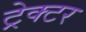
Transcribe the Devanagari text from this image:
ट्रेक्‍टर